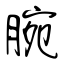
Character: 腕